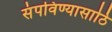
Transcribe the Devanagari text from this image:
संपविण्यासाठि